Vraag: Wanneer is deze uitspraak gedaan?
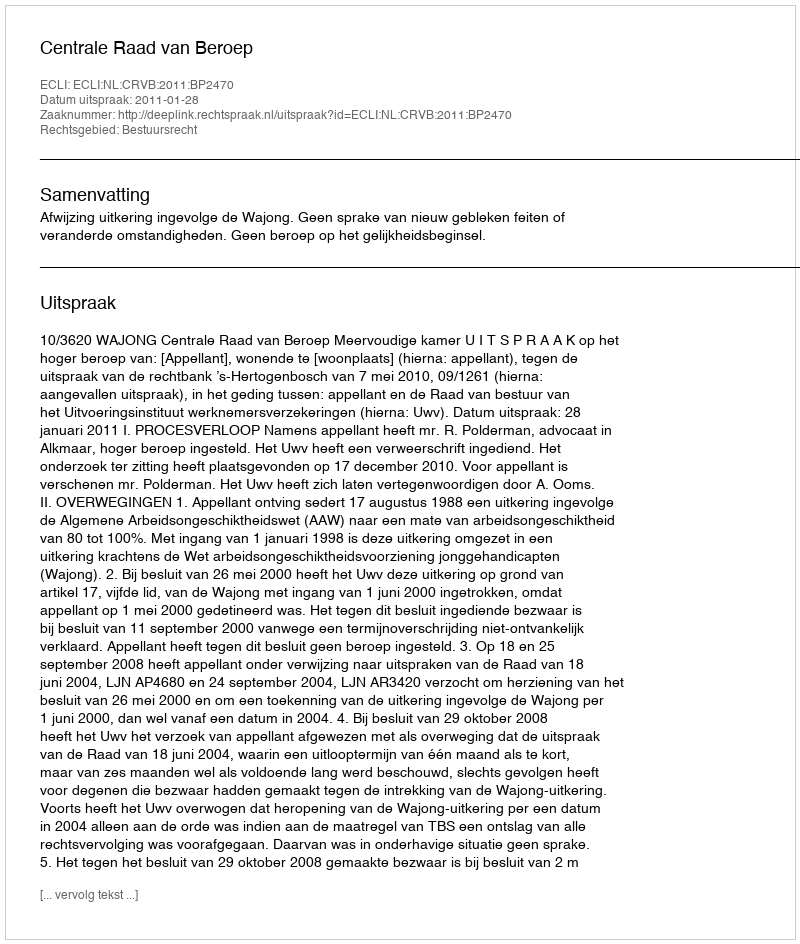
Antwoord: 2011-01-28